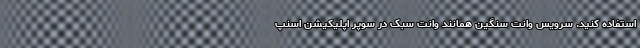
استفاده کنید. سرویس وانت سنگین همانند وانت سبک در سوپر اپلیکیشن اسنپ